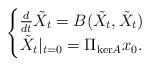
LaTeX: \begin{align*} \begin{cases}\frac{d}{dt} \tilde{X}_t = B(\tilde{X}_t,\tilde{X}_t) \\ \tilde{X}_t|_{t=0} = \Pi_{\mathrm{ker}A}x_0.\end{cases}\end{align*}